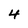
Character: 4